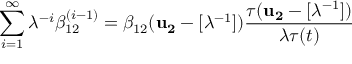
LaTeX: \sum _ { i = 1 } ^ { \infty } \lambda ^ { - i } \beta _ { 1 2 } ^ { ( i - 1 ) } = \beta _ { 1 2 } ( { \bf u _ { 2 } } - [ \lambda ^ { - 1 } ] ) \frac { \tau ( { \bf u _ { 2 } } - [ \lambda ^ { - 1 } ] ) } { \lambda \tau ( t ) }